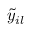
\tilde { y } _ { i l }